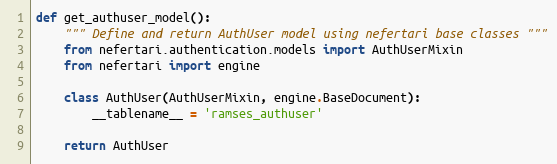
Language: Python
def get_authuser_model():
    """ Define and return AuthUser model using nefertari base classes """
    from nefertari.authentication.models import AuthUserMixin
    from nefertari import engine

    class AuthUser(AuthUserMixin, engine.BaseDocument):
        __tablename__ = 'ramses_authuser'

    return AuthUser